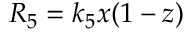
R _ { 5 } = k _ { 5 } x ( 1 - z )